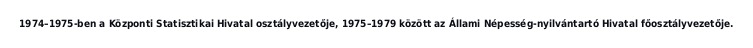
1974–1975-ben a Központi Statisztikai Hivatal osztályvezetője, 1975–1979 között az Állami Népesség-nyilvántartó Hivatal főosztályvezetője.